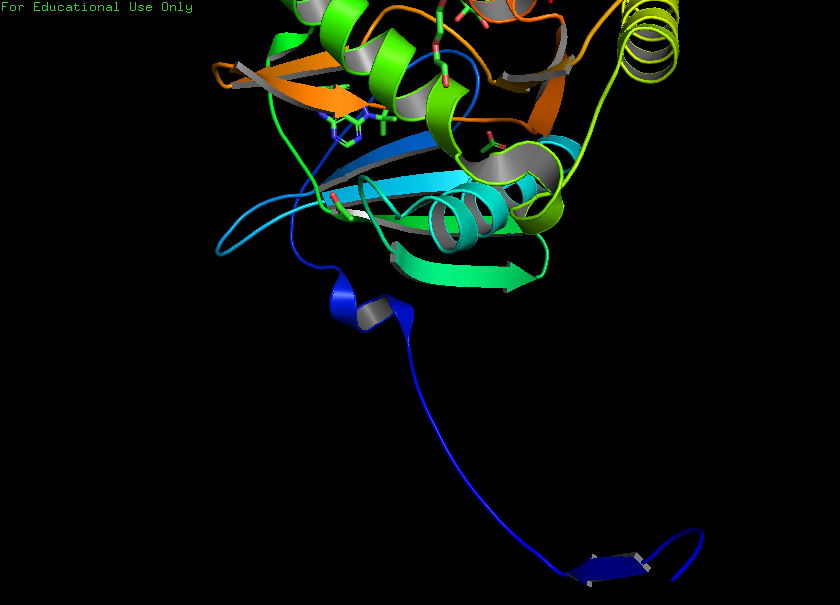
pymol, preset, publication